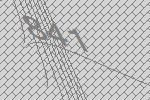
841